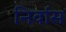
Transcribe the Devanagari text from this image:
निर्वास